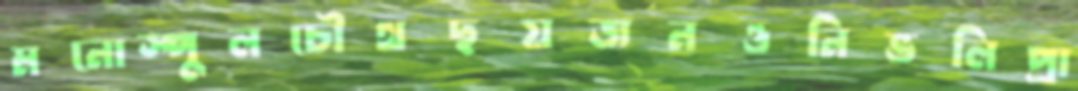
মনোস্পুলচৌথছয়জনওনিভলিপ্রা